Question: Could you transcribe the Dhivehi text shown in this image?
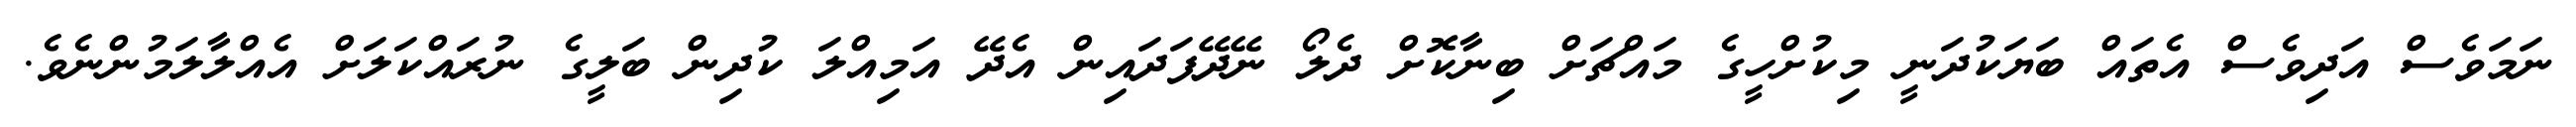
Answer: ނަމަވެސް އަދިވެސް އެތައް ބަޔަކުދަނީ މިކުށްހީގެ މައްޗަށް ބިނާކޮށް ދެލޯ ނޭދޭފަދައިން އެދޭ އަމިއްލަ ކުދިން ބަލީގެ ނުރައްކަލަށް އެއްލާލަމުންނެވެ.